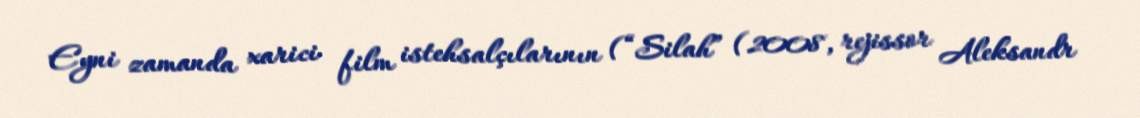
Eyni zamanda xarici film istehsalçılarının (“Silah” (2008, rejissor Aleksandr